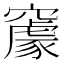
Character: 䆽